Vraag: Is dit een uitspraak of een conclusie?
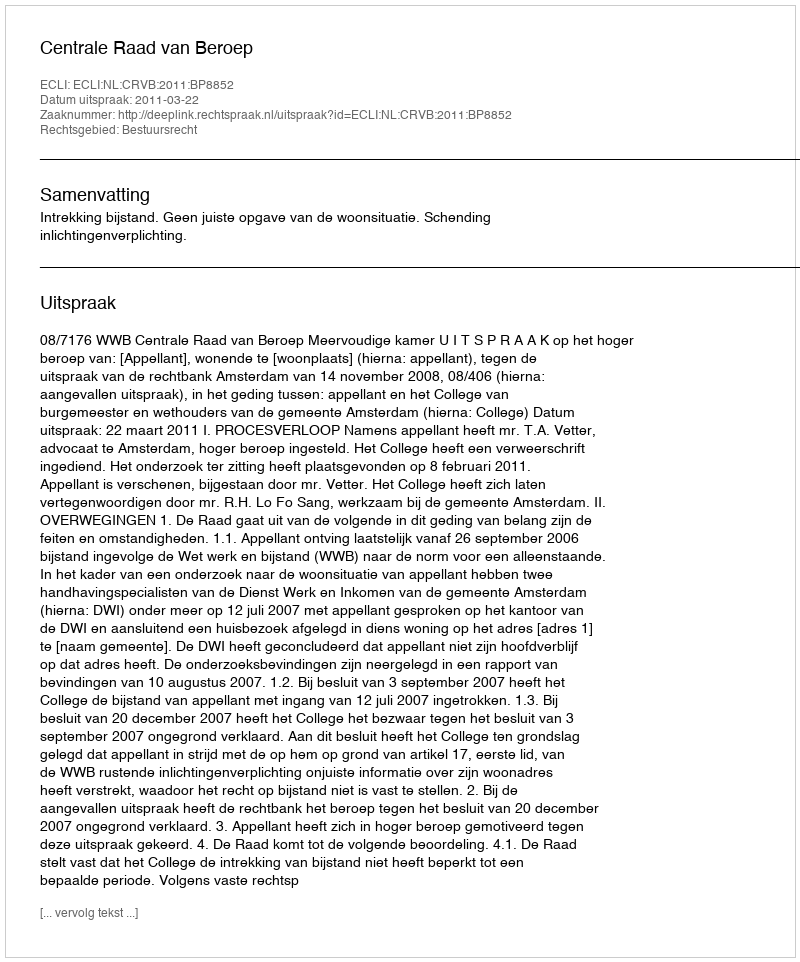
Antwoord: Uitspraak